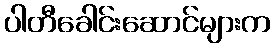
ပါတီခေါင်းဆောင်များက